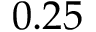
0 . 2 5